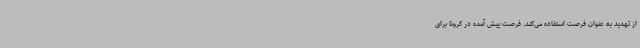
از تهدید به عنوان فرصت استفاده می‌کند. فرصت پیش آمده در کرونا برای